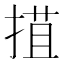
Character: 𢯽